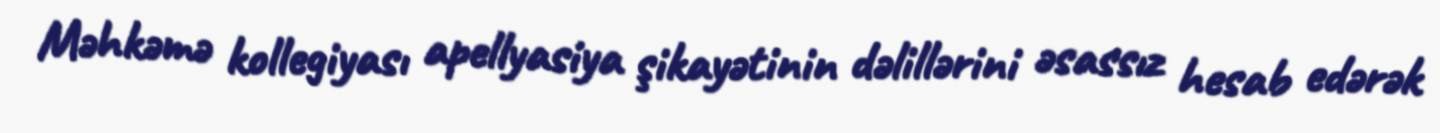
Məhkəmə kollegiyası apellyasiya şikayətinin dəlillərini əsassız hesab edərək